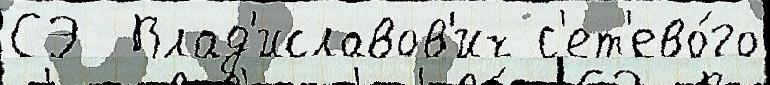
СЭ  Влад'иславов'ич с'ет'ево́го